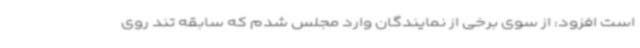
است افزود: از سوی برخی از نمایندگان وارد مجلس شدم که سابقه تند روی